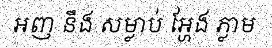
អញ នឹង សម្លាប់ អ្ហែង ភ្លាម